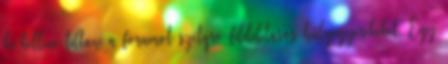
ki kellene tiltani a fórumot szétqró fildelitasos hülyegyerekeket. Egy